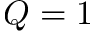
Q = 1